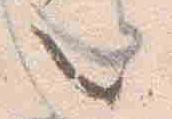
也